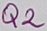
Text: Q2